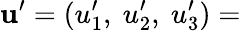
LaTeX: \mathbf{u^{\prime}}=(u_{1}^{\prime},\ u_{2}^{\prime},\ u_{3}^{\prime})=